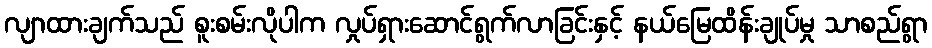
လျာထားချက်သည် စူးစမ်းလိုပါက လှုပ်ရှားဆောင်ရွက်လာခြင်းနှင့် နယ်မြေထိန်းချုပ်မှု သာစည်ရွာ